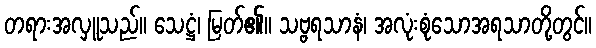
တရားအလှူသည်။ သေဋ္ဌံ၊ မြတ်၏။ သဗ္ဗရသာနံ၊ အလုံးစုံသောအရသာတို့တွင်။